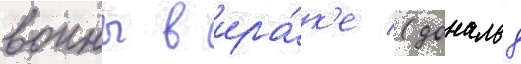
воины в ира́к'е (дональд